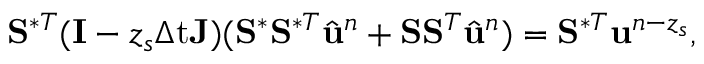
\mathbf { S } ^ { \ast T } ( \mathbf { I } - z _ { s } \ensuremath { \Delta \mathrm { t } } \mathbf { J } ) ( \mathbf { S } ^ { \ast } \mathbf { S } ^ { \ast T } \hat { \ensuremath { \mathbf { u } } } ^ { n } + \mathbf { S } \mathbf { S } ^ { T } \hat { \ensuremath { \mathbf { u } } } ^ { n } ) = \mathbf { S } ^ { \ast T } \ensuremath { \mathbf { u } } ^ { n - z _ { s } } ,